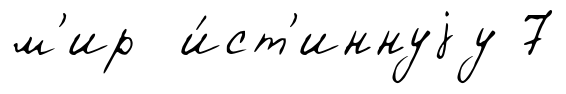
м'ир и́ст'иннуjу 7